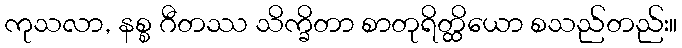
ကုသလာ, နစ္စ ဂီတဿ သိက္ခိတာ စာတုရိတ္ထိယော စသည်တည်း။